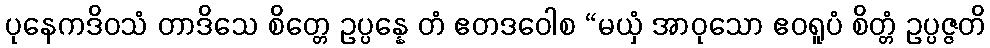
ပုနေကဒိဝသံ တာဒိသေ စိတ္တေ ဥပ္ပန္နေ တံ ဧတဒဝေါစ “မယှံ အာဝုသော ဧဝရူပံ စိတ္တံ ဥပ္ပဇ္ဇတိ